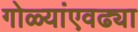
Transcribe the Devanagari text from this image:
गोळ्यांएवढ्या